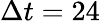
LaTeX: \Delta t=24